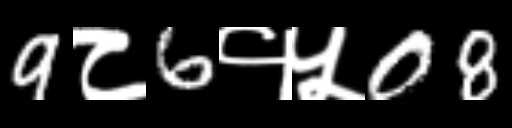
Text: 9८6१५08